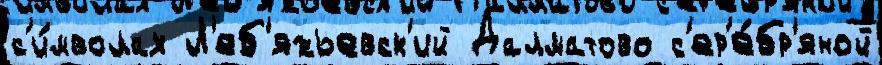
с'и́мволах Л'еб'яжьевск'ий Далматово с'ер'е́бр'яной